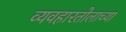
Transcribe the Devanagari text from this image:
व्यवहारतोलाच्या